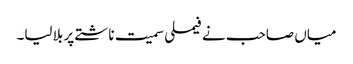
میاں صاحب نے فیملی سمیت ناشتے پر بلا لیا۔